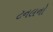
ટનલનો